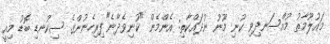
މައުލޫމާތު މުއްސަނދިވި ކުނި މޫނު ނުދައްކާތި: އެންމެން "ކުނިވެދާނެ"ފިރިހެނުންގެ ސިކުނޑި ބޮޑު މިއީ